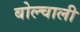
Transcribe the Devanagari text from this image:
बोल्चाली